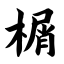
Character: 榍